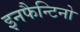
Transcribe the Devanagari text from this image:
इनफैन्टिनो